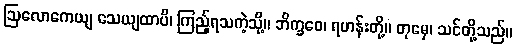
ဩလောကေယျ သေယျထာပိ၊ ကြည့်ရသကဲ့သို့။ ဘိက္ခဝေ၊ ရဟန်းတို့။ တုမှေ၊ သင်တို့သည်။